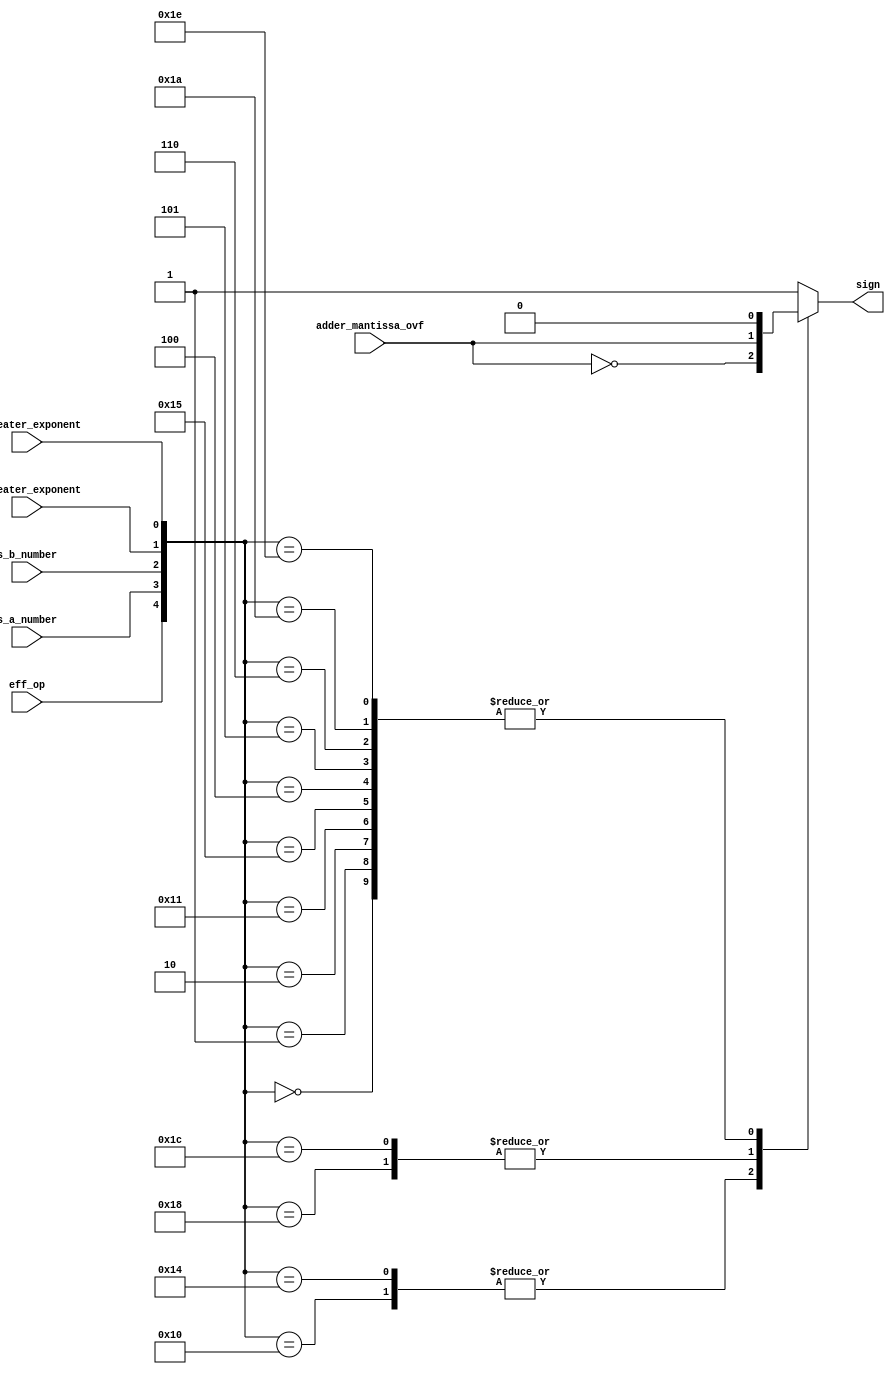
`timescale 1ns / 1ps
//////////////////////////////////////////////////////////////////////////////////
// Company: 
// Engineer: 
// 
// Design Name: 
// Module Name:    sign_computation 
// Project Name: 
// Target Devices: 
// Tool versions: 
// Description: 
//
// Dependencies: 
//
// Revision: 
// Revision 0.01 - File Created
// Additional Comments: 
//
//////////////////////////////////////////////////////////////////////////////////
module sign_computation(	input eff_op,
							input s_a_number,
                            input s_b_number,
                            input a_greater_exponent,
							input b_greater_exponent,
							input adder_mantissa_ovf,
							output sign);
							
	wire [4:0] sign_cases;
	reg intermediar_sign;
	
	assign sign_cases = {eff_op, s_a_number, s_b_number, a_greater_exponent, b_greater_exponent};

	always 
		@(*)
	begin
		case (sign_cases)
			5'b00000:	intermediar_sign = 1'b0;
			5'b00001:	intermediar_sign = 1'b0;
			5'b00010:	intermediar_sign = 1'b0;
			
			5'b10000:	intermediar_sign = ~adder_mantissa_ovf;
			5'b10001:	intermediar_sign = 1'b0;
			5'b10010:	intermediar_sign = 1'b1;
			
			5'b10100:	intermediar_sign = ~adder_mantissa_ovf;
			5'b10101:	intermediar_sign = 1'b0;
			5'b10110:	intermediar_sign = 1'b1;
			
			5'b00100:	intermediar_sign = 1'b0;
			5'b00101:	intermediar_sign = 1'b0;
			5'b00110:	intermediar_sign = 1'b0;
			
			5'b11000:	intermediar_sign = adder_mantissa_ovf;
			5'b11001:	intermediar_sign = 1'b1;
			5'b11010:	intermediar_sign = 1'b0;
		
			5'b01000:	intermediar_sign = 1'b1;
			5'b01001:	intermediar_sign = 1'b1;
			5'b01010:	intermediar_sign = 1'b1;
			 
			5'b01100:	intermediar_sign = 1'b1;
			5'b01101:	intermediar_sign = 1'b1;
			5'b01110:	intermediar_sign = 1'b1;
			
			5'b11100:	intermediar_sign = adder_mantissa_ovf;
			5'b11101:	intermediar_sign = 1'b1;
			5'b11110:	intermediar_sign = 1'b0;
			
			default: intermediar_sign = 1'b1;
		endcase
	end	

	assign sign = intermediar_sign;

endmodule